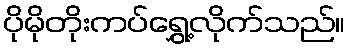
ပိုမိုတိုးကပ်ရွှေ့လိုက်သည်။